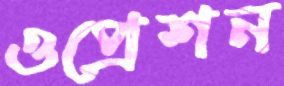
ওপ্রেশন